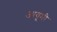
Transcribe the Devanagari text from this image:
आयूमी